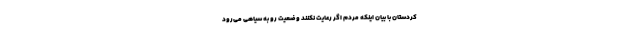
کردستان با بیان اینکه مردم اگر رعایت نکنند وضعیت رو به سیاهی می‌رود